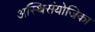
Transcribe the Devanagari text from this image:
अस्थिसंयोजिका